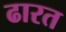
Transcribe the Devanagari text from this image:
ढारत